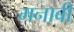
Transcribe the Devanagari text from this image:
मनाबी